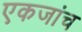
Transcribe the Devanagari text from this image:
एकजांच